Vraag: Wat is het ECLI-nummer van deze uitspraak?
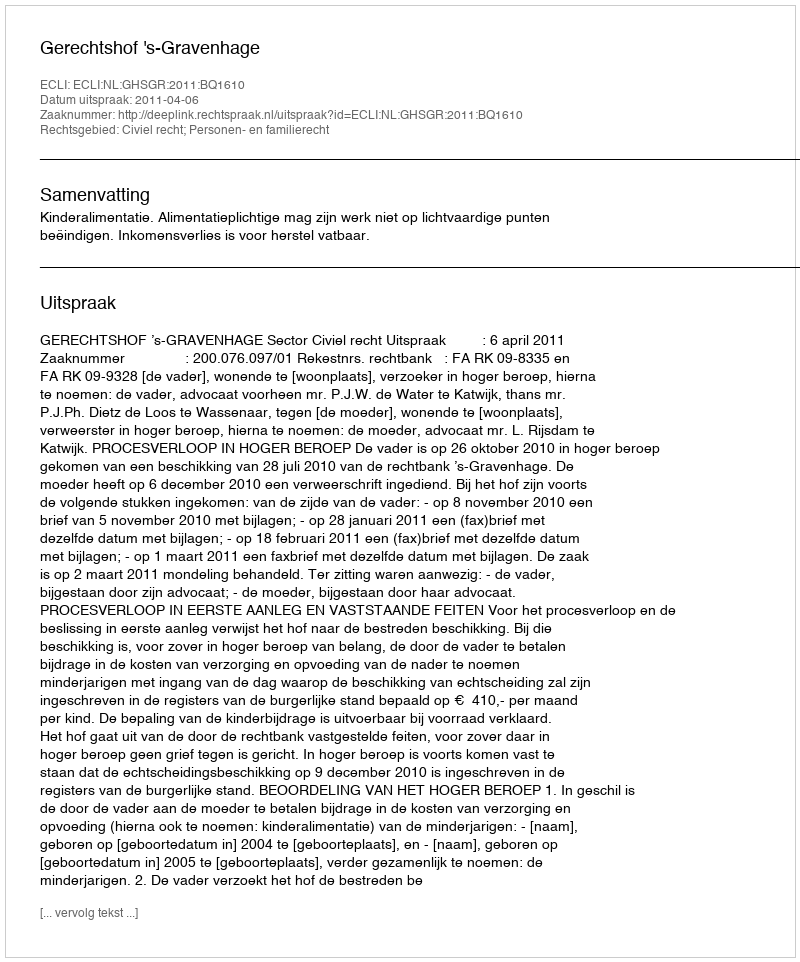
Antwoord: ECLI:NL:GHSGR:2011:BQ1610